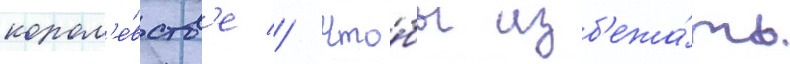
корол'е́вств'е // Что́бы изб'ежа́ть